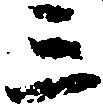
三